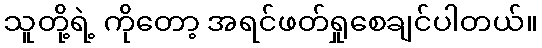
သူတို့ရဲ့ ကိုတော့ အရင်ဖတ်ရှုစေချင်ပါတယ်။